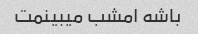
باشه امشب میبینمت